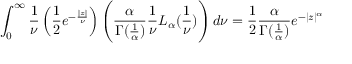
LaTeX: \int _ { 0 } ^ { \infty } { \frac { 1 } { \nu } } \left( { \frac { 1 } { 2 } } e ^ { - { \frac { | z | } { \nu } } } \right) \left( { \frac { \alpha } { \Gamma ( { \frac { 1 } { \alpha } } ) } } { \frac { 1 } { \nu } } L _ { \alpha } ( { \frac { 1 } { \nu } } ) \right) d \nu = { \frac { 1 } { 2 } } { \frac { \alpha } { \Gamma ( { \frac { 1 } { \alpha } } ) } } e ^ { - | z | ^ { \alpha } }